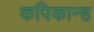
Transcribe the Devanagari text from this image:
कपिकान्ह